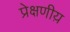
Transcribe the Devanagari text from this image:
प्रेक्षणीय़